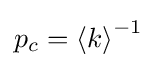
p_{c}={\langle k\rangle }^{-1}